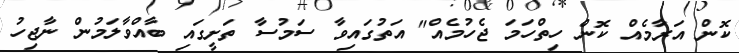
ކޮން އަރާމެއް ކޮން ހިތްހަމަ ޖެހުމެއް" އަތުގައިވާ ސަމުސާ ތަށީގައި ބާއްވާލަމުން ނާޖިހު